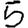
Digit: 5